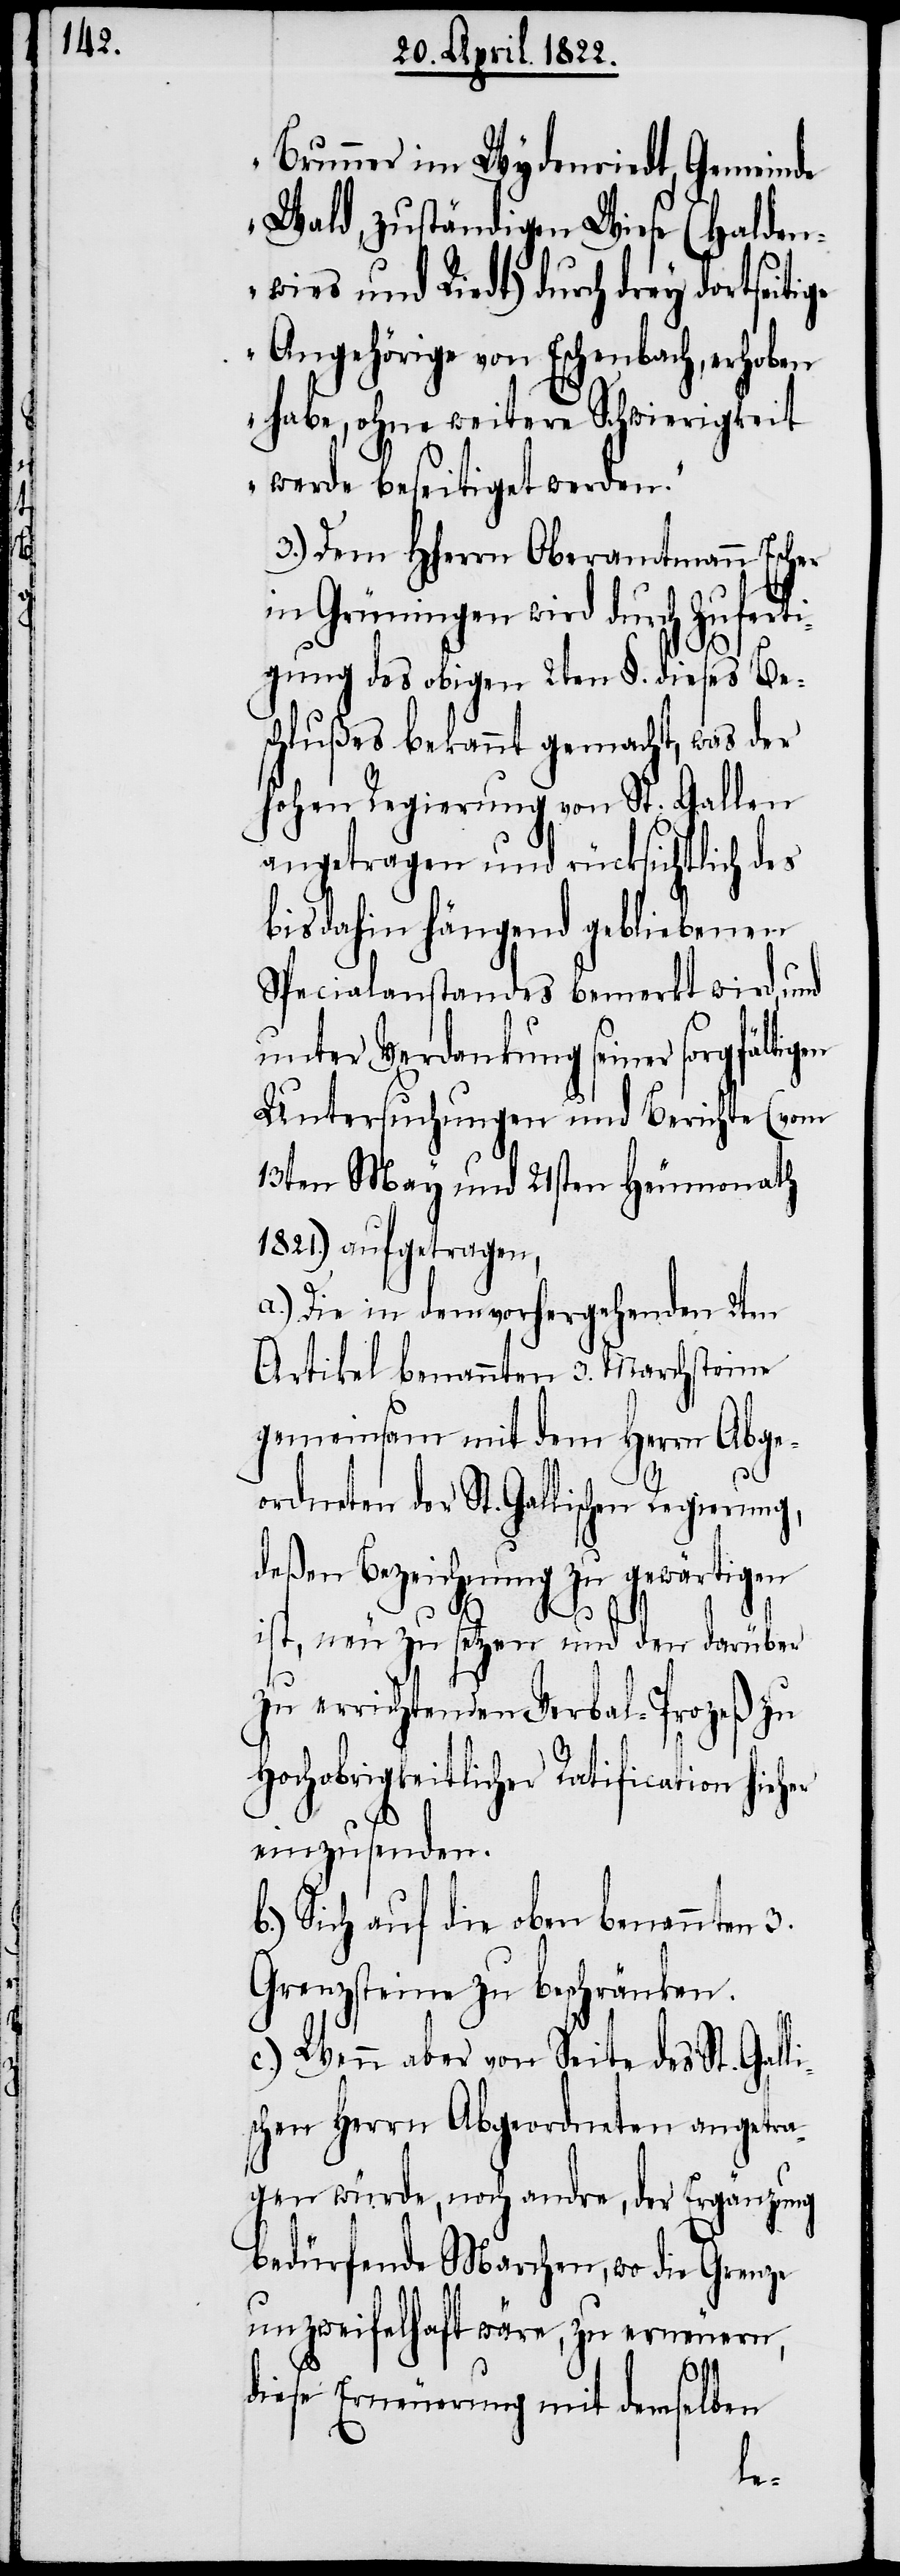
Brunner im Wydenriedt, Gemeinde
Wald, zuständigen Wiese (Halden¬
wies und Riedt) durch drey dortseiti¬
Angehörige von Eschenbach, erhoben
habe, ohne weitere Schwierigkeit
werde beseitigt werden.“
3.) Dem HHerrn Oberamtmann Escher
in Grüningen wird durch Zuferti¬
ge
gung des obigen 2ten §. dieses Be¬
schlußes bekannt gemacht, was der
hohen Regierung von St. Gallen
angetragen und rücksichtlich des
bis dahin hängend gebliebenen
Specialanstandes bemerkt wird, und
unter Verdankung seiner sorgfälti¬
Untersuchungen und Berichte (vom
13ten May und 21sten Heumonath
1821.) aufgetragen,
a.) Die von dem vorhergehenden 2ten
Artikel benannten 3. Marchsteine
gemeinsam mit dem Herrn Abge¬
ordneten der St. Gallischen Regierung,
deßen Bezeichnung zu gewärtigen
ist, neu zu setzen und den darüber
zu errichtenden Verbal-Prozeß zu
hochobrigkeitlicher Ratification hieher
einzusenden.
b.) Sich auf die oben benannten 3.
Grenzsteine zu beschränken.
c.) Wenn aber von Seite des St. Gal¬
schen Herrn Abgeordneten angetra¬
gen würde, noch andre, der Ergänzung
bedürfende Marchen, wo die Grenze
unzweifelhaft wäre, zu erneuern,
diese Erneuerung mit demselben
li¬